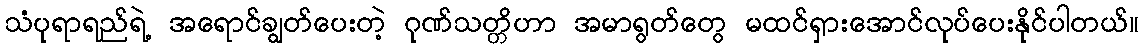
သံပုရာရည်ရဲ့ အရောင်ချွတ်ပေးတဲ့ ဂုဏ်သတ္တိဟာ အမာရွတ်တွေ မထင်ရှားအောင်လုပ်ပေးနိုင်ပါတယ်။